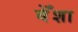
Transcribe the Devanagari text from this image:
बेँशा